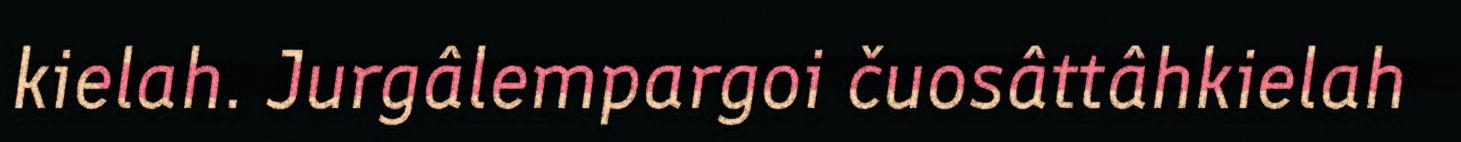
kielah. Jurgâlempargoi čuosâttâhkielah